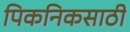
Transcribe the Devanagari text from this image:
पिकनिकसाठी